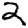
Digit: 2